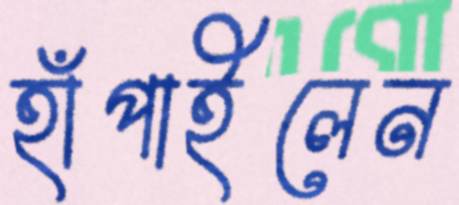
হাঁপাইলেন